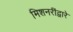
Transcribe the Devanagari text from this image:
मिशनरींद्वारे